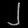
Digit: ၂